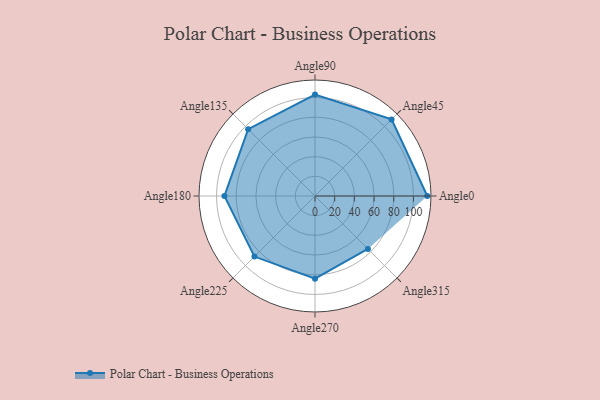
{"axis": {"x": "Angle", "y": "Radius"}, "legend": [""], "data": [{"x": "Angle0", "y": 114.0, "type": ""}, {"x": "Angle45", "y": 110.0, "type": ""}, {"x": "Angle90", "y": 103.0, "type": ""}, {"x": "Angle135", "y": 96.0, "type": ""}, {"x": "Angle180", "y": 92.0, "type": ""}, {"x": "Angle225", "y": 87.0, "type": ""}, {"x": "Angle270", "y": 84.0, "type": ""}, {"x": "Angle315", "y": 76.0, "type": ""}]}